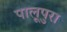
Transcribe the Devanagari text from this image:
पालूपुरा